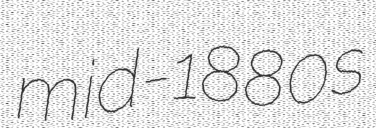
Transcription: mid-1880s